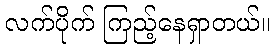
လက်ပိုက် ကြည့်နေရှာတယ်။